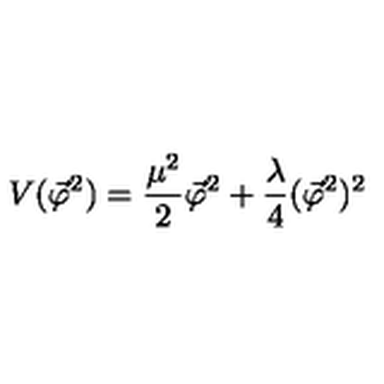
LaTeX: V ( \vec { \varphi } ^ { 2 } ) = \frac { \mu ^ { 2 } } { 2 } \vec { \varphi } ^ { 2 } + \frac { \lambda } { 4 } ( \vec { \varphi } ^ { 2 } ) ^ { 2 }